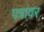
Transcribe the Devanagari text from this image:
पत्रांवर